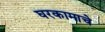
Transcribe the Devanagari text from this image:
घरकामाचे